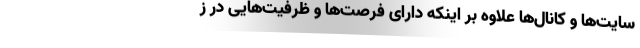
سایت‌ها و کانال‌ها علاوه بر اینکه دارای فرصت‌ها و ظرفیت‌هایی در ز